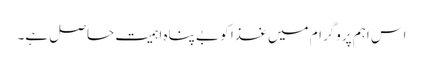
اس اہم پروگرام میں غذا کو بے پناہ اہمیت حاصل ہے۔